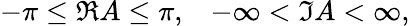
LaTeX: -\pi\leq\Re A\leq\pi,\; \; \; -\infty<\Im A<\infty,